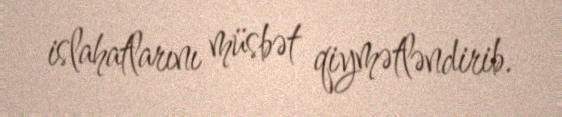
islahatlarını müsbət qiymətləndirib.